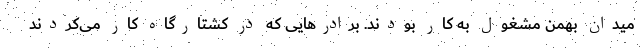
میدان بهمن مشغول به کار بودند. برادر‌هایی که در کشتارگاه کار می‌کردند